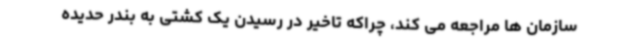
سازمان ها مراجعه می کند، چراکه تاخیر در رسیدن یک کشتی به بندر حدیده